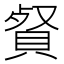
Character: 䝳